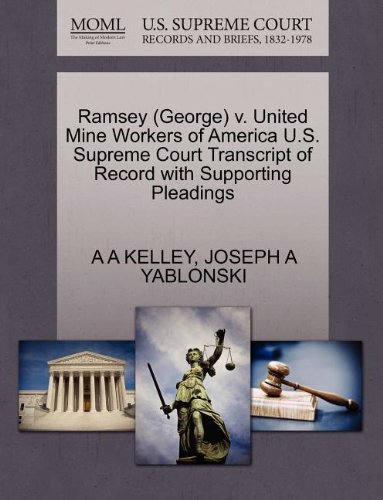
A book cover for Ramsey (George) v. United Mine Workers of America U.S. Supreme Court Transcript of Record with Supporting Pleadings; A A KELLEY; Law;